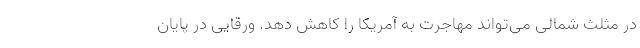
در مثلث شمالی می‌تواند مهاجرت به آمریکا را کاهش دهد. ورقایی در پایان